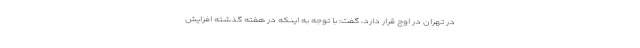
در تهران در اوج قرار دارد، گفت: با توجه به اینکه در هفته گذشته افزایش